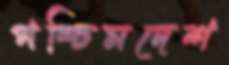
পশ্চিমদেশ